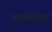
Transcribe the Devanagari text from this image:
आलकेमिस्ट